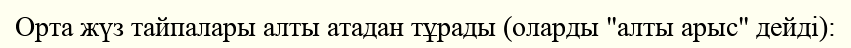
Орта жүз тайпалары алты атадан тұрады (оларды "алты арыс" дейді):